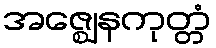
အဇ္ဈေနကုတ္တံ